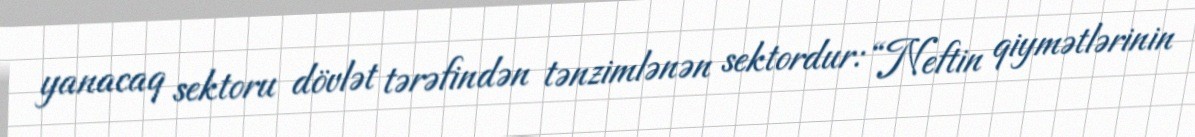
yanacaq sektoru dövlət tərəfindən tənzimlənən sektordur: “Neftin qiymətlərinin